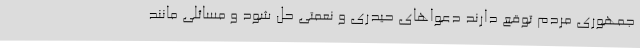
جمهوری مردم توقع دارند دعواهای حیدری و نعمتی حل شود و مسائلی مانند